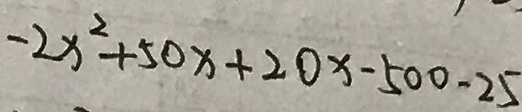
- 2 x ^ { 2 } + 5 0 x + 2 0 x - 5 0 0 - 2 5